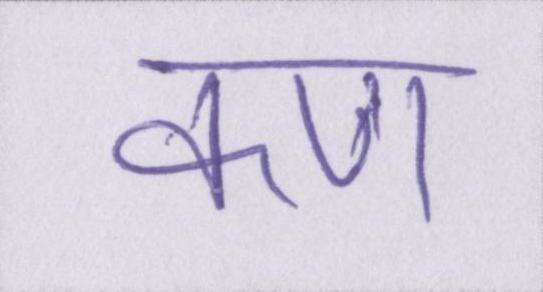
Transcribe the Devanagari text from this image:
कण